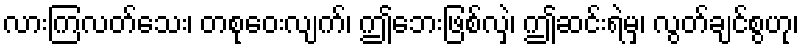
လားကြလတ်သေး၊ တစုဝေးလျက်၊ ဤဘေးဖြစ်လှဲ၊ ဤဆင်းရဲမှ၊ လွတ်ချင်စွဟု၊